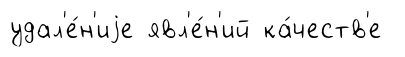
удал'е́н'иjе явл'е́н'ий ка́честв'е